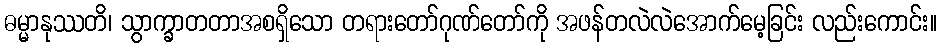
ဓမ္မာနုဿတိ၊ သွာက္ခာတတာအစရှိသော တရားတော်ဂုဏ်တော်ကို အဖန်တလဲလဲအောက်မေ့ခြင်း လည်းကောင်း။